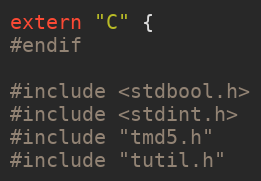
Language: C
extern "C" {
#endif

#include <stdbool.h>
#include <stdint.h>
#include "tmd5.h"
#include "tutil.h"